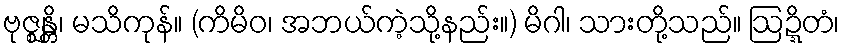
ဗုဇ္ဈန္တိ၊ မသိကုန်။ (ကိမိဝ၊ အဘယ်ကဲ့သို့နည်း။) မိဂါ၊ သားတို့သည်။ ဩဍ္ဍိတံ၊